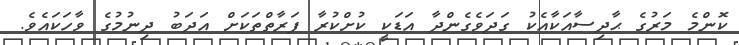
ކޮންމެ މަރުގެ ޙާދިސާއަކާއެކު ގަދަވެގެންދާ އަޑަކީ ކުށްކުރާ ފަރާތްތަކަށް އަދަބު ދިނުމުގެ ވާހަކައެވެ.